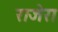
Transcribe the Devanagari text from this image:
राजेरा